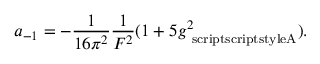
a _ { - 1 } = - \frac { 1 } { 1 6 \pi ^ { 2 } } \frac { 1 } { F ^ { 2 } } ( 1 + 5 g _ { \mathrm { \ s c r i p t s c r i p t s t y l e A } } ^ { 2 } ) .